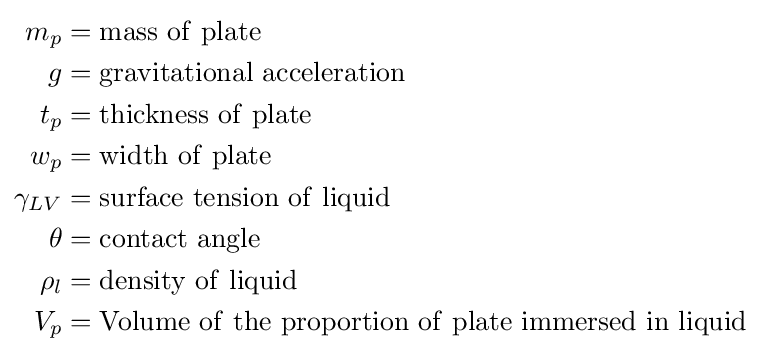
{\begin{aligned}m_{p}&=\mathrm {mass\ of\ plate} \\g&=\mathrm {gravitational\ acceleration} \\t_{p}&=\mathrm {thickness\ of\ plate} \\w_{p}&=\mathrm {width\ of\ plate} \\\gamma _{LV}&=\mathrm {surface\ tension\ of\ liquid} \\\theta &=\mathrm {contact\ angle} \\\rho _{l}&=\mathrm {density\ of\ liquid} \\V_{p}&=\mathrm {Volume\ of\ the\ proportion\ of\ plate\ immersed\ in\ liquid} \end{aligned}}